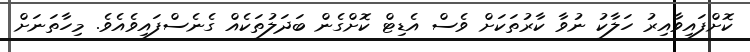
ކޮށްފައިވާއިރު ހަލާކު ނުވާ ކާރުތަކަށް ވެސް އެޑިޓް ކޮށްގެން ބަދަލުތަކެއް ގެނެސްފައިވެއެވެ. މިހާތަނަށް